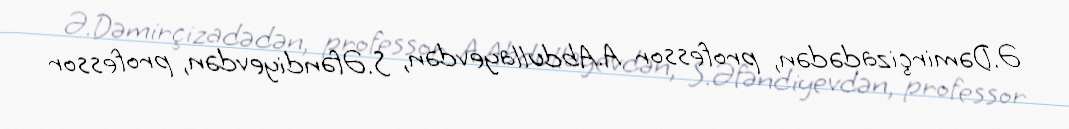
Ə.Dəmirçizadədən, professor A.Abdullayevdən, S.Əfəndiyevdən, professor